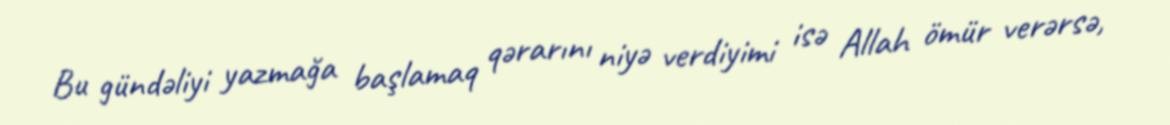
Bu gündəliyi yazmağa başlamaq qərarını niyə verdiyimi isə Allah ömür verərsə,